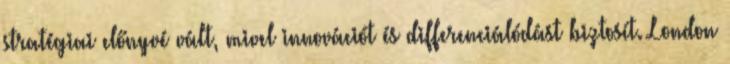
stratégiai előnyvé vált, mivel innovációt és differenciálódást biztosít. London